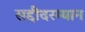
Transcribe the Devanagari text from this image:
सद्दीदरम्यान